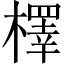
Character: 檡